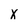
Character: X